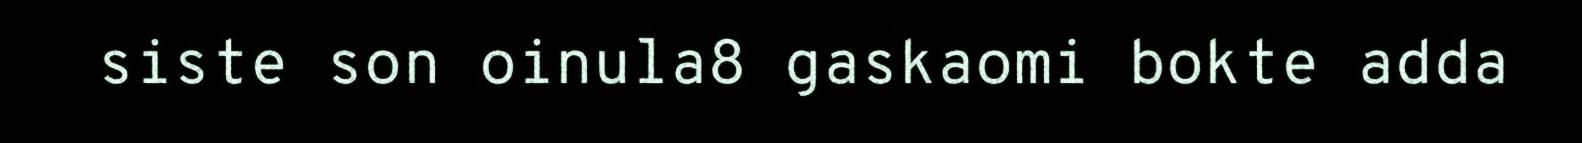
siste son oinula8 gaskaomi bokte adda